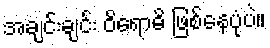
အချင်းချင်း ဝိရောဓိ ဖြစ်နေပုံပဲ။